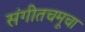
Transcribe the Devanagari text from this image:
संगीतचमूचा